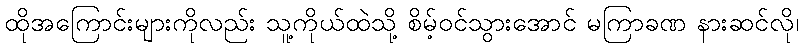
ထိုအကြောင်းများကိုလည်း သူ့ကိုယ်ထဲသို့ စိမ့်ဝင်သွားအောင် မကြာခဏ နားဆင်လို၊